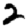
Digit: 2